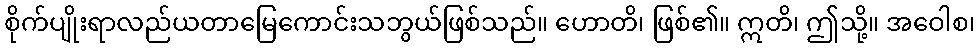
စိုက်ပျိုးရာလည်ယတာမြေကောင်းသဘွယ်ဖြစ်သည်။ ဟောတိ၊ ဖြစ်၏။ ဣတိ၊ ဤသို့။ အဝေါစ၊